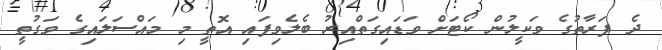
ދެ ފަރާތުގެ ވަކީލުން ކޯޓަށް ވަޑައިގަތްއިރު ބެލެވިފައި އޮތީ މި މައްސަލައިގެ ވަގުތީ